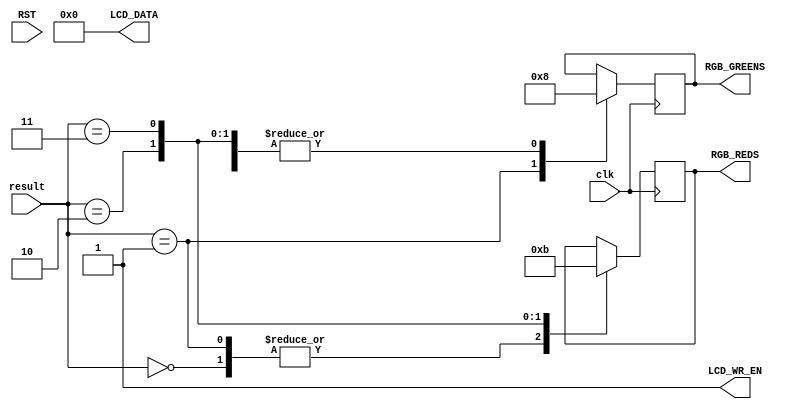
module messenger (
    input clk, RST,
    input [2:0] result,
    output reg [7:0] LCD_DATA,
    output reg LCD_WR_EN,
    output reg [1:0] RGB_GREENS = 0,
    output reg [1:0] RGB_REDS = 0
    );

//reg [2:0] message_number = 0;
//reg [4:0] disp_addr;
//reg [2:0] s2;



always @(posedge clk)
 case (result)
  0: begin // trwa gra
    RGB_GREENS <= 0;
    RGB_REDS <= 0;
    LCD_WR_EN = 1;
    LCD_DATA = 8'h1B;
    LCD_DATA = 8'h5B;
    LCD_DATA = 8'h6A;
    LCD_DATA = 8'h48;  // ASCII 'H'
    LCD_DATA = 8'h65;  // ASCII 'e'
    LCD_DATA = 8'h6C;  // ASCII 'l'
    LCD_DATA = 8'h6C;  // ASCII 'l'
    LCD_DATA = 8'h0;  
  end
  1: begin // udao si zapa wiato
    RGB_REDS <= 0;
    RGB_GREENS <= 2'b10;
    LCD_WR_EN = 1;
    LCD_DATA = 8'h1B;
    LCD_DATA = 8'h5B;
    LCD_DATA = 8'h6A;
    LCD_DATA = 8'h48;  // ASCII 'H'
    LCD_DATA = 8'h65;  // ASCII 'e'
    LCD_DATA = 8'h6C;  // ASCII 'l'
    LCD_DATA = 8'h0;  
  end
  2: begin // nie udao si zapa wiata
    RGB_REDS <= 2'b10;
    RGB_GREENS <= 0;
    LCD_WR_EN = 1;
    LCD_DATA = 8'h1B;
    LCD_DATA = 8'h5B;
    LCD_DATA = 8'h6A;
    LCD_DATA = 8'h48;  // ASCII 'H'
    LCD_DATA = 8'h6C;  // ASCII 'l'
    LCD_DATA = 8'h6C;  // ASCII 'l'
    LCD_DATA = 8'h0;  
  end
  3: begin // cheater zapany na goracym uczynku!!!
    RGB_REDS <= 2'b11;
    RGB_GREENS <= 0;
    
    LCD_WR_EN = 1;
    LCD_DATA = 8'h1B;
    LCD_DATA = 8'h5B;
    LCD_DATA = 8'h6A;
    LCD_DATA = 8'h48;  // ASCII 'H'
    LCD_DATA = 8'h6C;  // ASCII 'l'
    LCD_DATA = 8'h0;  
  end
 endcase

//function [7:0] STR1 (input [4:0] ADDR); //(2)
// case (ADDR) 
//  0:STR1=8'h1B; 1:STR1=8'h5B; 2:STR1=8'h6A;
//  3:STR1=32; 4:STR1=90; 5:STR1=72; 6:STR1=10;
//  7:STR1=13; 8:STR1=0; default: STR1=8'hxx;
// endcase
//endfunction

//function [7:0] STR2 (input [3:0] ADDR);
// case (ADDR) //Kod czyszczenia ekranu i ustawienia kursora w (1,1)
//  0:STR2=8'h1B; 1:STR2=8'h5B; 2:STR2=8'h6A; 3:STR2=8'h4D;
//  4:STR2=8'h6A; 5:STR2=8'h61; 6:STR2=8'h6A; 7:STR2=0; 
//  default: STR2=8'hxx;
// endcase
//endfunction

//always @(*) //(8)
// (* full_case *)
// case (message_number)
//  0: LCD_DATA=STR1(disp_addr);
//  1: LCD_DATA=STR2(disp_addr[3:0]);
// endcase 

//always @(posedge clk) //(9)
//if(~RST) s2<=0; else
// case (s2)
//  0: begin disp_addr<=0; LCD_WR_EN<=0;
//     s2<=1;  end
//  1: begin LCD_WR_EN<=1; s2<=2; end
//  2: begin LCD_WR_EN<=0; s2<=3; disp_addr<=disp_addr+1; end
//  3: begin if(LCD_DATA==0) s2<=0; else s2<=1; end 
// endcase

//    message[0] = 8'h1B;
//    message[1] = 8'h5B;
//    message[2] = 8'h6A;
//    message[3] = 8'h48;  // ASCII 'H'
//    message[4] = 8'h65;  // ASCII 'e'
//    message[5] = 8'h6C;  // ASCII 'l'
//    message[6] = 8'h6C;  // ASCII 'l'

always @(result == 2)
begin
    LCD_WR_EN = 1;
    LCD_DATA = 8'h1B;
    LCD_DATA = 8'h5B;
    LCD_DATA = 8'h6A;
    LCD_DATA = 8'h48;  // ASCII 'H'
    LCD_DATA = 8'h65;  // ASCII 'e'
    LCD_DATA = 8'h6C;  // ASCII 'l'
    LCD_DATA = 8'h6C;  // ASCII 'l'
    LCD_DATA = 8'h0;  
end

endmodule